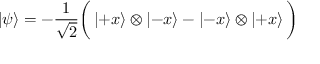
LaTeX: \left| \psi \right\rangle = - { \frac { 1 } { \sqrt { 2 } } } { \bigg ( } \left| + x \right\rangle \otimes \left| - x \right\rangle - \left| - x \right\rangle \otimes \left| + x \right\rangle { \bigg ) }